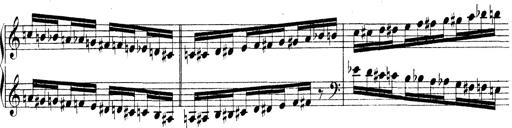
Title: Technische Studien
Composer: Franz Liszt